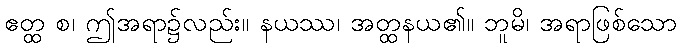
ဧတ္ထ စ၊ ဤအရာ၌လည်း။ နယဿ၊ အတ္ထနယ၏။ ဘူမိ၊ အရာဖြစ်သော